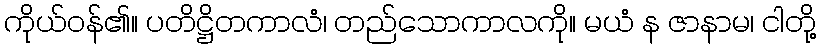
ကိုယ်ဝန်၏။ ပတိဋ္ဌိတကာလံ၊ တည်သောကာလကို။ မယံ န ဇာနာမ၊ ငါတို့